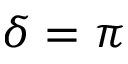
\delta = \pi